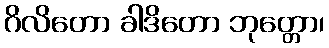
ဂိလိတော ခါဒိတော ဘုတ္တော၊